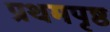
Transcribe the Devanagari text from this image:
प्रथमपृष्ठ